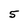
Character: 5